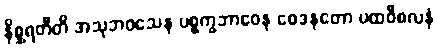
နိစ္ဆရတီတိ အသုဘဝသေန ပစ္စက္ခဘာဝေန ဝေဒနတော ပထဝီစလနံ